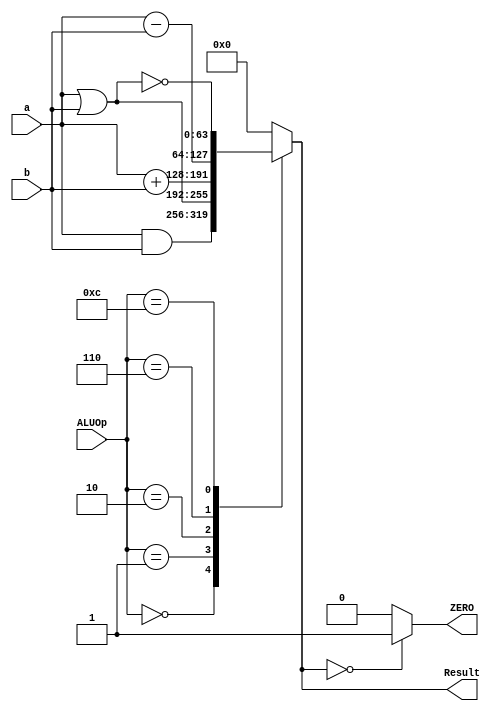
`timescale 1ns / 1ps
//////////////////////////////////////////////////////////////////////////////////
// Company: 
// Engineer: 
// 
// Design Name: 
// Module Name: alu_64bit
// Project Name: 
// Target Devices: 
// Tool Versions: 
// Description: 
// 
// Dependencies: 
// 
// Revision:
// Revision 0.01 - File Created
// Additional Comments:
// 
//////////////////////////////////////////////////////////////////////////////////


module alu_64bit
(
input [63:0]a, b,
input [3:0] ALUOp,
output reg [63:0] Result,
output reg ZERO
);
localparam [3:0]
AND = 4'b0000,
OR = 4'b0001,
ADD = 4'b0010,
Sub = 4'b0110,
NOR = 4'b1100;
//assign ZERO = (Result == 0);
always @ (ALUOp, a, b)
begin
case (ALUOp)
AND: Result = a & b;
OR: Result = a | b;
ADD: Result = a + b;
Sub: Result = a - b;
NOR: Result = ~(a | b);
default: Result = 0;
endcase
if (Result == 0)
        ZERO = 1;
      else
        ZERO = 0;
end
endmodule